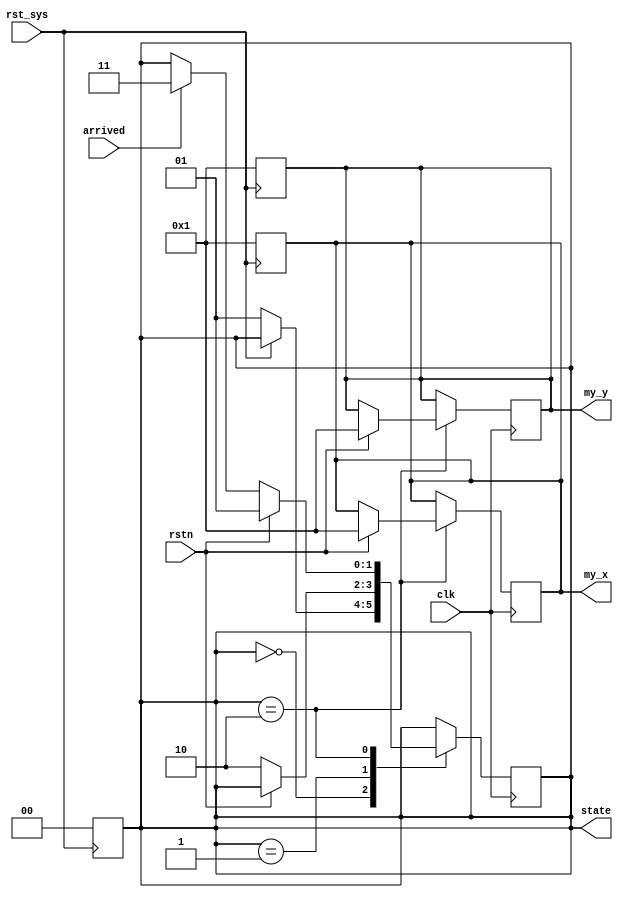
module FSM (
    input clk, rst_sys,        //clk & rst negative signal    
    input rstn,                //rst positive signal
    input arrived,
    output reg [1:0] state,
    output reg [8:0] my_x, my_y
);
always @ (posedge clk)begin
    case (state)
    2'b00:begin
        if(!rst_sys)begin
            state <= 2'b01;
        end
    end
    2'b01:begin
        if(!rstn)begin
            state <= 2'b10;
        end
    end
    2'b10:begin
        if(rstn)begin
            state <= 2'b01;
            my_x <= 9'b000000001;
            my_y <= 9'b000000001;
        end
        else if (arrived)begin
            state <= 2'b11;
        end
    end
    endcase
end
always @(posedge rst_sys)begin
        state <= 2'b00; //welcome,input size of map and rst_sys=>0 to start
        my_x <= 9'b000000001;
        my_y <= 9'b000000001;
        
end

endmodule